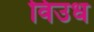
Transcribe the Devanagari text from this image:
विउध